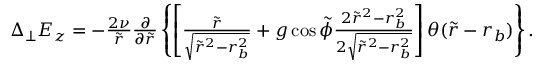
\begin{array} { r } { \Delta _ { \perp } E _ { z } = - \frac { 2 \nu } { \tilde { r } } \frac { \partial } { \partial \tilde { r } } \left\{ \left[ \frac { \tilde { r } } { \sqrt { \tilde { r } ^ { 2 } - r _ { b } ^ { 2 } } } + g \cos \tilde { \phi } \frac { 2 \tilde { r } ^ { 2 } - r _ { b } ^ { 2 } } { 2 \sqrt { \tilde { r } ^ { 2 } - r _ { b } ^ { 2 } } } \right] \theta ( \tilde { r } - r _ { b } ) \right\} . } \end{array}